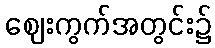
ဈေးကွက်အတွင်း၌